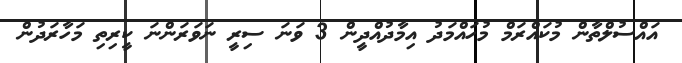
އައްސުލްތާން މުކައްރަމް މުހައްމަދު އިމާދުއްދީން 3 ވަނަ ސިރީ ނަވަރަންނަ ކީރިތި މަހާރަދުން